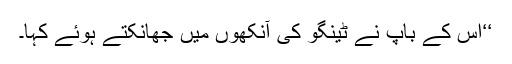
‘‘اس کے باپ نے ٹینگو کی آنکھوں میں جھانکتے ہوئے کہا۔